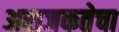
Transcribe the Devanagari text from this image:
अराजकतेचा